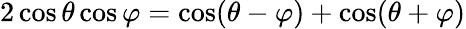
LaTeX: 2\cos\theta\cos\varphi={\cos(\theta-\varphi)+\cos(\theta+\varphi)}